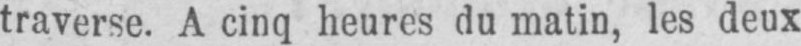
traverse. A cinq heures du matin, les deux